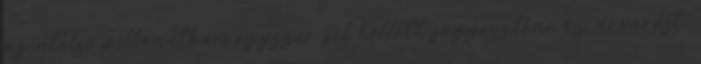
az utolsó pillanatban egyszer fel kellett függeszteni az árverést,